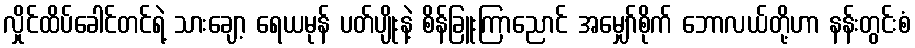
လှိုင်ထိပ်ခေါင်တင်ရဲ့ သားချော့ ရေယမုန် ပတ်ပျိုးနဲ့ စိန်ခြူးကြာညောင် အမျှော်စိုက် ဘောလယ်တို့ဟာ နန်းတွင်းစံ